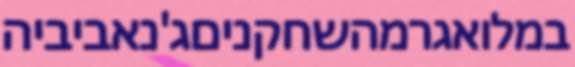
במלואגרמהשחקניםג'נאביביה